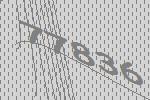
77836